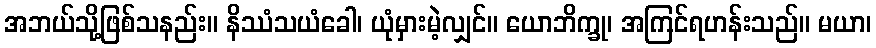
အဘယ်သို့ဖြစ်သနည်း။ နိဿံသယံခေါ၊ ယုံမှားမဲ့လျှင်။ ယောဘိက္ခု၊ အကြင်ရဟန်းသည်။ မယာ၊